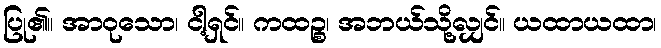
ပြု၏။ အာဝုသော၊ ငါ့ရှင်။ ကထဉ္စ၊ အဘယ်သို့လျှင်။ ယထာယထာ၊